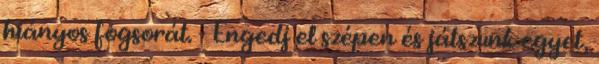
hiányos fogsorát. - Engedj el szépen és játszunk egyet,